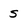
Character: s